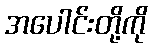
အပေါင်းတို့ကို